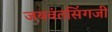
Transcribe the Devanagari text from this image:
जयवंतसिंगजी